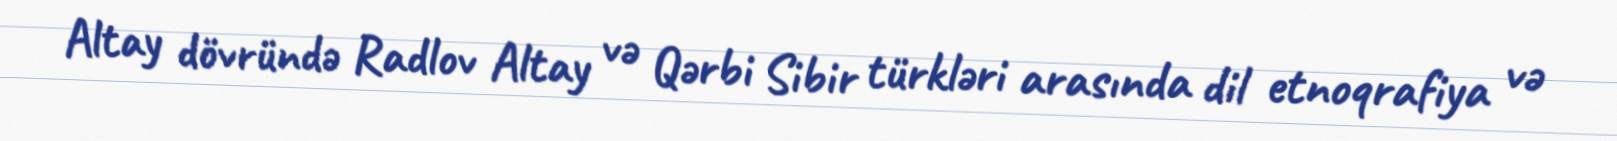
Altay dövründə Radlov Altay və Qərbi Sibir türkləri arasında dil etnoqrafiya və